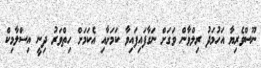
ނޫސްވެރިޔާ އަހުމަދު ރިލްވާން ވަގަށް ނަގާފައިފައިވާ ކަމަށާއި އެކަމަށް ހިތްވަރު ދިނީ އިސްލާމިކް